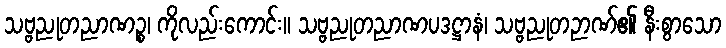
သဗ္ဗညုတညာဏဉ္စ၊ ကိုလည်းကောင်း။ သဗ္ဗညုတညာဏပဒဋ္ဌာနံ၊ သဗ္ဗညုတဉာဏ်၏ နီးစွာသော